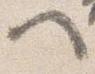
へ